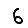
Digit: 6